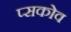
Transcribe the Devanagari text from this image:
प्सकोव